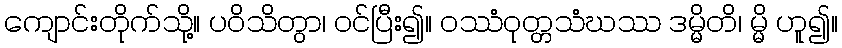
ကျောင်းတိုက်သို့။ ပဝိသိတွာ၊ ဝင်ပြီး၍။ ဝဿံဝုတ္တသံဃဿ ဒမ္မိတိ၊ မ္မိ ဟူ၍။